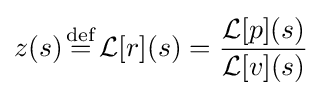
z(s){\stackrel {\mathrm {def} }{{}={}}}{\mathcal {L}}[r](s)={\frac {{\mathcal {L}}[p](s)}{{\mathcal {L}}[v](s)}}